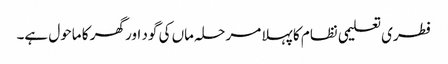
فطری تعلیمی نظام کا پہلا مرحلہ ماں کی گود اور گھر کا ماحول ہے۔